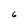
Character: 6